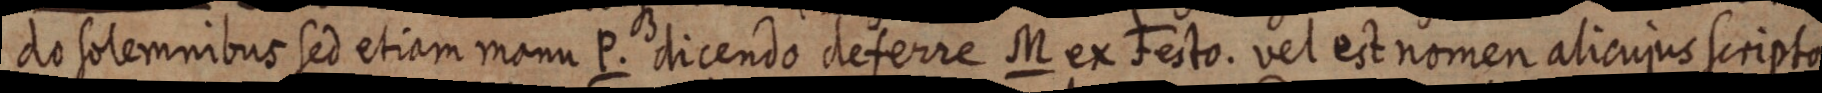
do solemnibus sed etiam manu P. dicendo deferre M ex Festo. vel est nomen alicujus scripto